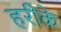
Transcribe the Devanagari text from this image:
हरीके